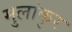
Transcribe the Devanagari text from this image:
मुलांकुर